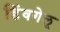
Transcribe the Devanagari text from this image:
डिंवगेलू